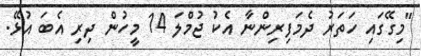
"މިގޭގައި ހަތަރު ދެމަފިރިންނާ އެކު ޖުމްލަ 14 މީހުން ދިރި އެބަ އުޅޭ.